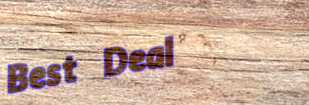
Best Deal